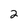
Character: 2